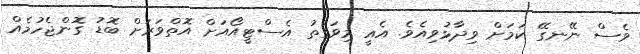
ވެސް ނޭނގޭ ކަމަށް ވިދާޅުވިއެވެ. އެއީ މިވަގުތު އެސްޓީއޯއަށް އޮތްވަރަށް ބޮޑު ގޮންޖެހުމެއް